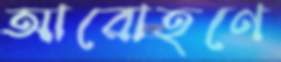
আরোহণে